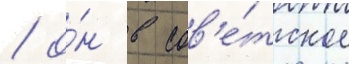
/ о́н в сов'е́тское